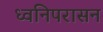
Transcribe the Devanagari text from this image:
ध्वनिपरासन